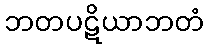
ဘတပဋိယာဘတံ